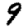
Digit: 9